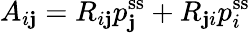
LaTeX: A_{i\mathbf{j}}=R_{i\mathbf{j}}p_{\mathbf{j}}^{\mathrm{{ss}}}+R_{\mathbf{j}i}p_{i}^{\mathrm{{ss}}}